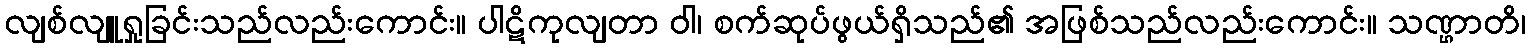
လျစ်လျူရှုခြင်းသည်လည်းကောင်း။ ပါဋိကုလျတာ ဝါ၊ စက်ဆုပ်ဖွယ်ရှိသည်၏ အဖြစ်သည်လည်းကောင်း။ သဏ္ဌာတိ၊